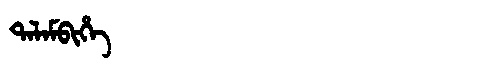
Manchu: ᡨᠠᠯᠠᠮᠪᡳᡥᡝ
Romanization: TALAMBIHE